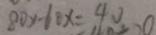
8 0 x - 6 0 x = 4 0